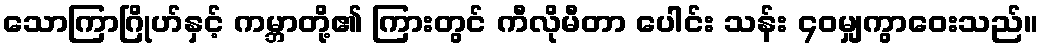
သောကြာဂြိုဟ်နှင့် ကမ္ဘာတို့၏ ကြားတွင် ကီလိုမီတာ ပေါင်း သန်း ၄၀မျှကွာဝေးသည်။